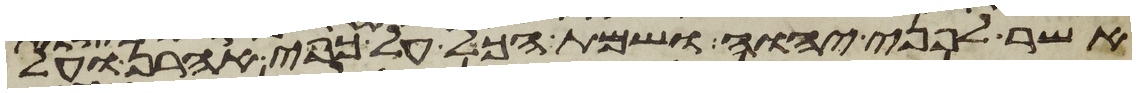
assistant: אשר לפני יהוה ושמת הכל על כפי אהרן ועל